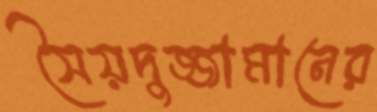
সৈয়দুজ্জামানের